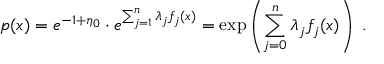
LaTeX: p ( x ) = e ^ { - 1 + \eta _ { 0 } } \cdot e ^ { \sum _ { j = 1 } ^ { n } \lambda _ { j } f _ { j } ( x ) } = \exp \left( \sum _ { j = 0 } ^ { n } \lambda _ { j } f _ { j } ( x ) \right) \; .